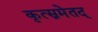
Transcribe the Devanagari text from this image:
कृत्स्नमेतद्